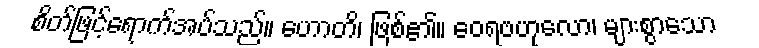
စိတ်ဖြင့်ရောက်အပ်သည်။ ဟောတိ၊ ဖြစ်၏။ ဝေရဗဟုလော၊ များစွာသော